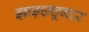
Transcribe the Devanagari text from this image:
झाड़छछून्दर